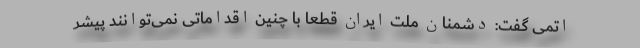
اتمی گفت: دشمنان ملت ایران قطعاً با چنین اقداماتی نمی‌توانند پیشر